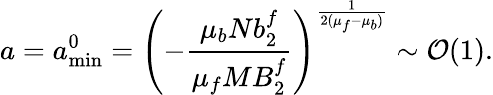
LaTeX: a=a_{\mathrm{min}}^{0}=\left(-{\frac{\mu_{b}Nb_{2}^{f}}{\mu_{f}MB_{2}^{f}}}\right)^{\frac{1}{2(\mu_{f}-\mu_{b})}}\sim{\cal O}(1).